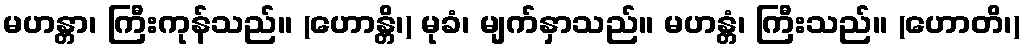
မဟန္တာ၊ ကြီးကုန်သည်။ (ဟောန္တိ၊) မုခံ၊ မျက်နှာသည်။ မဟန္တံ၊ ကြီးသည်။ (ဟောတိ၊)